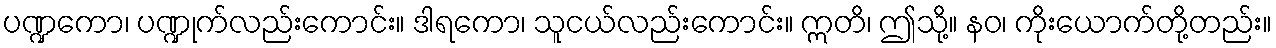
ပဏ္ဍကော၊ ပဏ္ဍုက်လည်းကောင်း။ ဒါရကော၊ သူငယ်လည်းကောင်း။ ဣတိ၊ ဤသို့။ နဝ၊ ကိုးယောက်တို့တည်း။